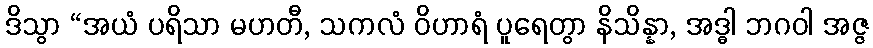
ဒိသွာ “အယံ ပရိသာ မဟတီ, သကလံ ဝိဟာရံ ပူရေတွာ နိသိန္နာ, အဒ္ဓါ ဘဂဝါ အဇ္ဇ